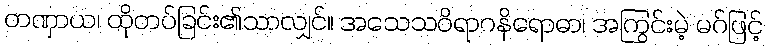
တဏှာယ၊ ထိုတပ်ခြင်း၏သာလျှင်။ အသေသဝိရာဂနိရောဓာ၊ အကြွင်းမဲ့ မဂ်ဖြင့်